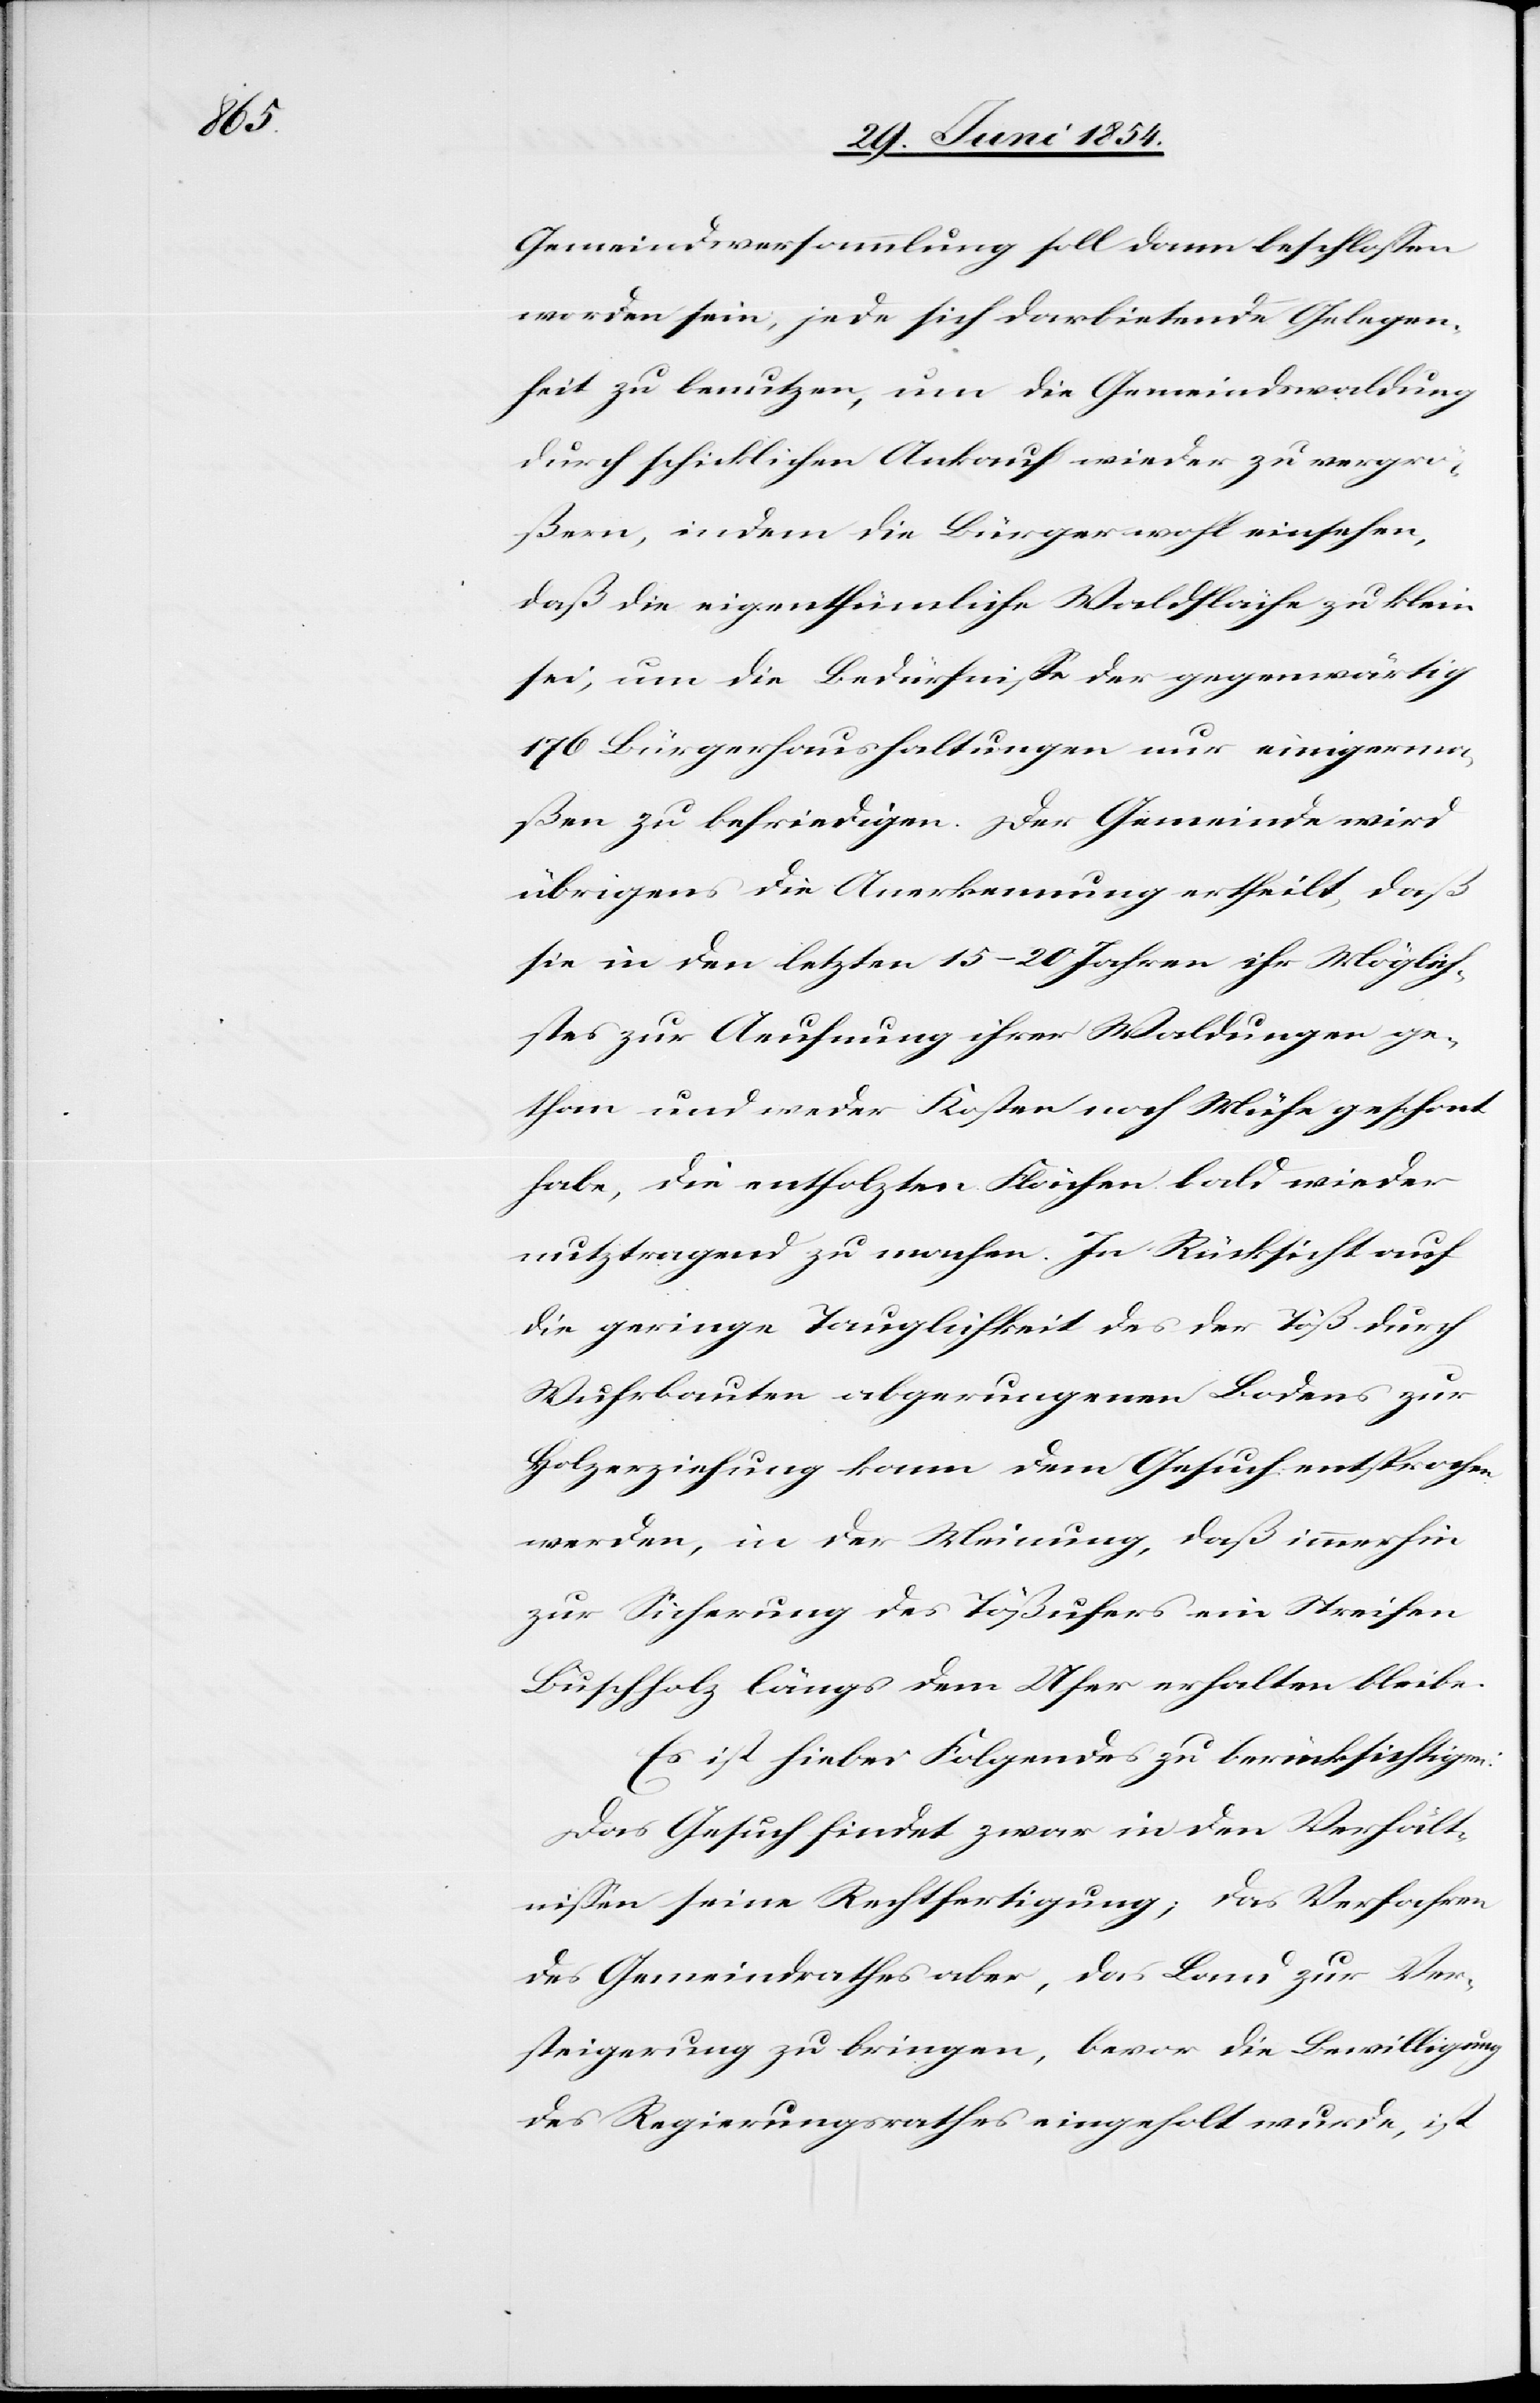
Gemeindsversammlung soll dann beschloßen
worden sein, jede sich darbietende Gelegen¬
heit zu benutzen, um die Gemeindswaldung
durch schicklichen Ankauf wieder zu vergrö¬
ßern, indem die Bürger wohl einsehen,
daß die eigenthümliche Waldfläche zu klei¬
n, um die Bedürfniße der gegenwärtig
176 Bürgerhaushaltungen nur einigerma¬
ßen zu befriedigen. Der Gemeinde wird
übrigens die Anerkennung ertheilt, daß
sie in den letzten 15–20 Jahren ihr Möglich¬
stes zur Aeufnung ihrer Waldungen ge¬
than und weder Kosten noch Mühe geschont
habe, die entholzten Flächen bald wieder
nutztragend zu machen. In Rücksicht auf
die geringe Tauglichkeit des der Töß durch
Wuhrbauten abgerungenen Bodens zur
Holzerziehung kann dem Gesuch entsprochen
werden, in der Meinung, daß immerhin
zur Sicherung des Tößufers ein Streifen
Buschholz längs dem Ufer erhalten bleibe.
Es ist hiebei Folgendes zu berücksichtigen:
Das Gesuch findet zwar in den Verhält¬
nißen seine Rechtfertigung; das Verfahren
des Gemeindrathes aber, das Land zur Ver¬
steigerung zu bringen, bevor die Bewilligung
des Regierungsrathes eingeholt wurde, ist